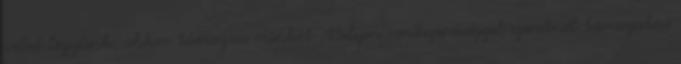
veled legyünk, akkor támogass minket Milyen rendszerességgel szeretnél támogatni